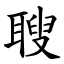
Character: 䏂